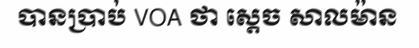
បានប្រាប់ VOA ថា ស្តេច សាលម៉ាន